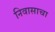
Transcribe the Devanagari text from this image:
निवासाचा